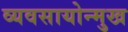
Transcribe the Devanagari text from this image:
व्यवसायोन्मुख